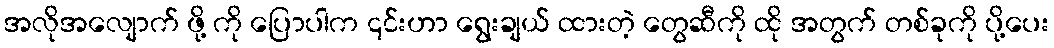
အလိုအလျောက် ဖို့ ကို ပြောပါက ၎င်းဟာ ရွေးချယ် ထားတဲ့ တွေဆီကို ထို အတွက် တစ်ခုကို ပို့ပေး